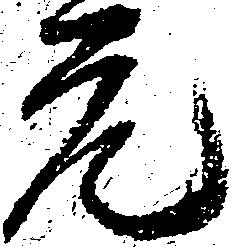
元